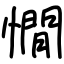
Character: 憪